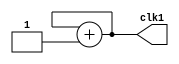
module clock1 (
    output reg clk1
    );

    initial clk1 = 0;

    always #1 clk1 = clk1 + 1'b1;
endmodule